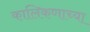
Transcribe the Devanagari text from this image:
कालिकणाच्या